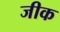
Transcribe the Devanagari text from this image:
जीक